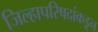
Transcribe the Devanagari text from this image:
जिल्हापरिषदांकडून